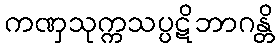
ကဏှသုက္ကသပ္ပဋိဘာဂန္တိ